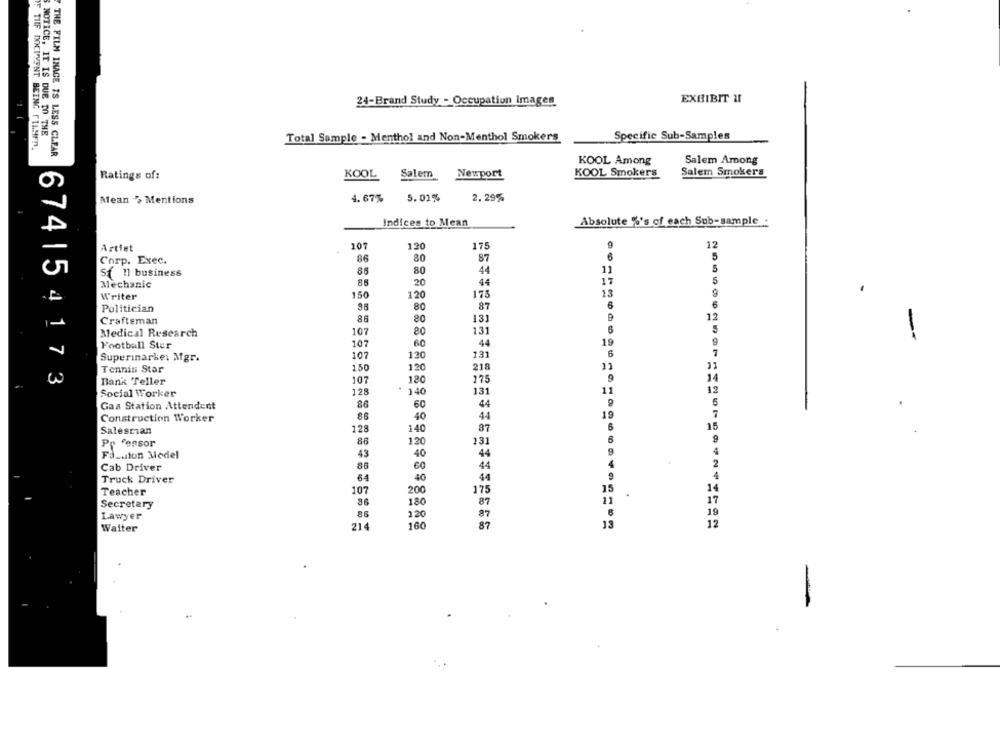
24-Brand Study - Occupatiun Images
EXHIBIT MI
NOTICE, IT IS DUE TO THE
Specific Sub-Samples
Total Sample - Menthol and Non-Menthol Smokers
F TIIF DOCUMENT BEING FILMEN.
THE FILM INAGE IS LESS CLEAR
KOOL Among
Salem Among
KOOL Smokers
Salem Smokers
Ratings of:
KOOL
Salem Newport
Mean " Mentions
4. 67%
5.01%
2.29%
Indices to Mean
Absolute %'s of each Sub-sample .
Artfet
107
120
175
9
12
6
5
Corp. Exec.
86
80
87
86
80
44
11
5
St 11 business
Mechanic
85
20
44
5
13
9
Writer
150
120
175
Politician
80
87
6
6
12
Craftsman
86
80
131
107
131
Medical Research
80
Football Ster
107
60
44
19
-
131
6
7
Superinarke: Mgr.
107
120
150
120
218
11
Tennis Star
674| 54173
Bank Teller
107
180
175
9
14
128
140
131
11
12
Social Worker
Gaa Station Attendent
60
44
5
7
Construction Worker
40
44
19
128
140
Salescian
87
86
120
131
Pp 'ensor
9
4
Fauston Medel
43
40
44
60
44
4
2
Cab Driver
Truck Driver
64
40
4
4
15
14
Teacher
107
200
175
180
87
11
17
Secretary
Lawyer
120
87
19
214
160
87
13
12
Waiter
-